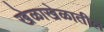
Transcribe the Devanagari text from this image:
खेळाखेळातील